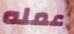
عمله